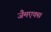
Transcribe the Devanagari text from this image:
जैमएक्स